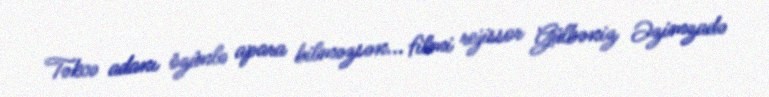
Təkcə adanı özünlə apara bilməzsən... filmi rejissor Gülbəniz Əzimzadə